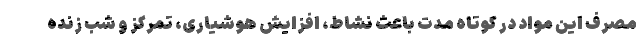
مصرف این مواد در کوتاه مدت باعث نشاط، افزایش هوشیاری، تمرکز و شب زنده